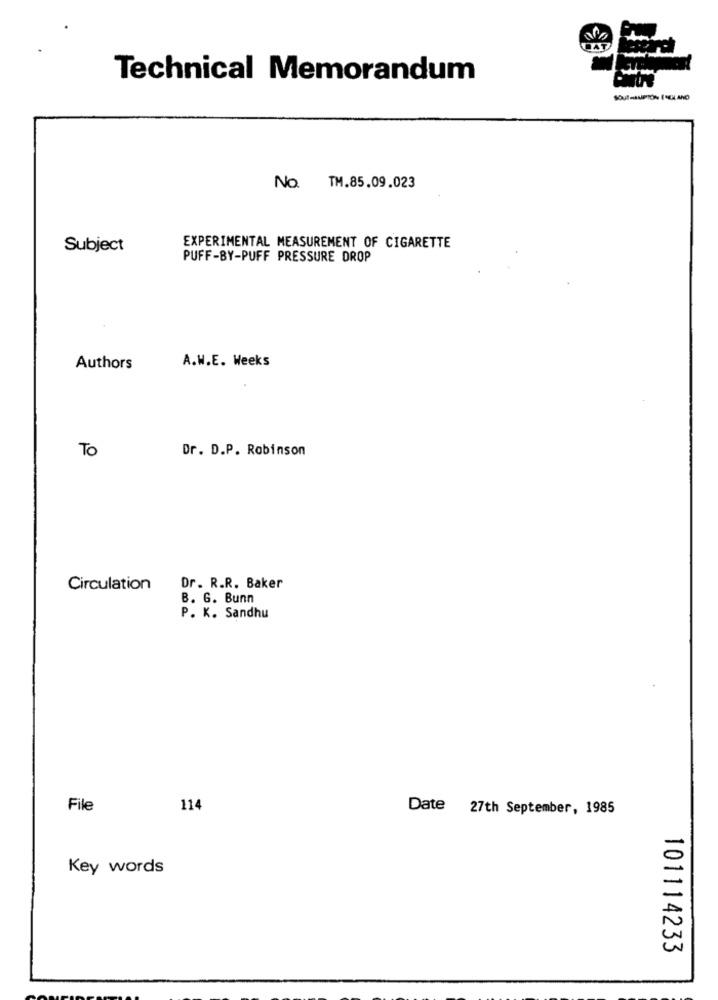
Technical Memorandum
No. TM.85.09.023
Subject
EXPERIMENTAL MEASUREMENT OF CIGARETTE
PUFF-BY-PUFF PRESSURE DROP
A.W.E. Weeks
Authors
To
Dr. D.P. Robinson
Circulation
Dr. R.R. Baker
B. G. Bunn
P. K. Sandhu
File
114
Date 27th September, 1985
Key words
101114233